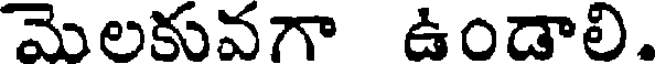
మెలకువగా ఉండాలి.